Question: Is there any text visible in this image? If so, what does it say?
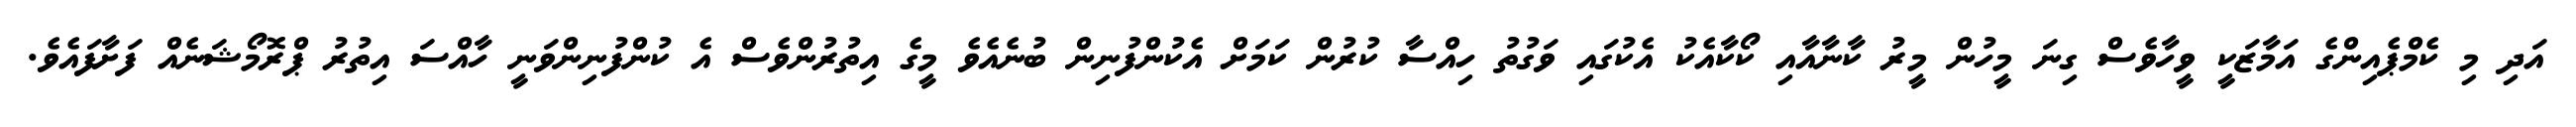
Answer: އަދި މި ކެމްޕެއިންގެ އަމާޒަކީ ވީހާވެސް ގިނަ މީހުން މީރު ކާނާއާއި ކޯކާއެކު އެކުގައި ވަގުތު ހިއްސާ ކުރުން ކަމަށް އެކުންފުނިން ބުނެއެވެ މީގެ އިތުރުންވެސް އެ ކުންފުނިންވަނީ ހާއްސަ އިތުރު ޕްރޮމޯޝަނެއް ފަށާފައެވެ.